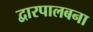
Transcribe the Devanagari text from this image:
द्वारपालबना